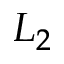
L _ { 2 }